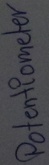
Text: Potentiometer